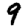
Digit: 9